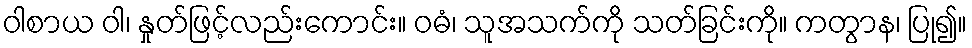
ဝါစာယ ဝါ၊ နှုတ်ဖြင့်လည်းကောင်း။ ဝဓံ၊ သူအသက်ကို သတ်ခြင်းကို။ ကတွာန၊ ပြု၍။